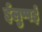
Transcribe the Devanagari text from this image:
ईलुप्पई